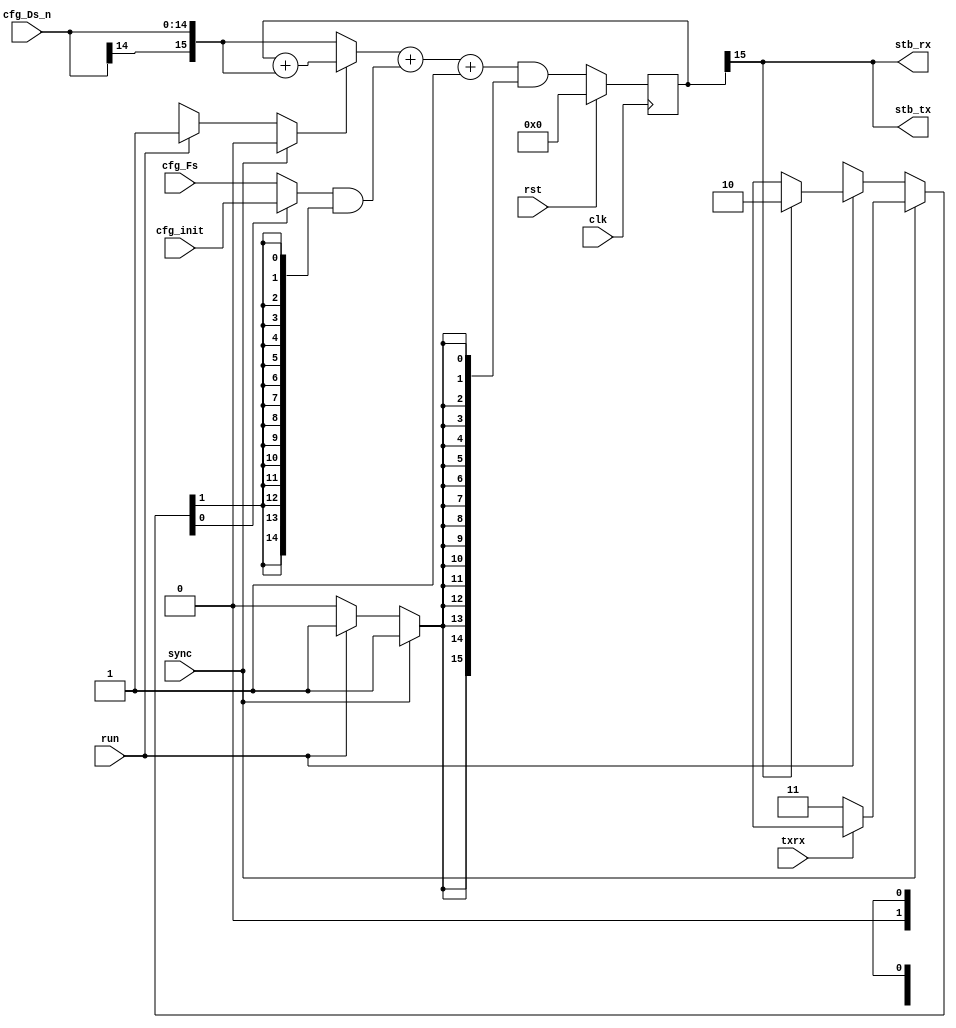
/*
 * iso7816_brg_sync.v
 *
 * vim: ts=4 sw=4
 *
 * ISO7816 Baud Rate generator synchronous to system clock
 *
 * Copyright (C) 2021  Sylvain Munaut <tnt@246tNt.com>
 * SPDX-License-Identifier: CERN-OHL-P-2.0
 */

`default_nettype none

module iso7816_brg_sync #(
	parameter integer TXRX_LAG = 0,
	parameter integer W = 15
)(
	// Output
	output wire stb_tx,
	output wire stb_rx,

	// Control
	input  wire txrx,				// 0=rx / 1=tx
	input  wire sync,
	input  wire run,

	// Configuration
	input  wire [W-1:0] cfg_Fs,
	input  wire [W-1:0] cfg_Ds_n,		// Pre-inverted
	input  wire [W-1:0] cfg_init,

	// Clock
	input  wire clk,
	input  wire rst
);

	// Signals
	// -------

	(* keep *) reg          c_fb_ena;
	(* keep *) reg  [  1:0] c_k_sel;
	(* keep *) reg          c_zero_n;

	wire [W  :0] acc_fb_add;	// feedback adder
	wire [W-1:0] acc_k_mux;		// constant mux
	wire [W  :0] acc_nxt;		// final adder
	reg  [W  :0] acc;


	// Accumulator
	// -----------

	assign acc_fb_add = c_fb_ena ? (acc + {cfg_Ds_n[W-1], cfg_Ds_n}) : {cfg_Ds_n[W-1], cfg_Ds_n};
	assign acc_k_mux  = (c_k_sel[0] ? cfg_init : cfg_Fs) & {W{c_k_sel[1]}};
	assign acc_nxt = (acc_fb_add + {1'b0, acc_k_mux } + 1'b1) & {(W+1){c_zero_n}};

	always @(posedge clk)
		if (rst)
			acc <= 0;
		else
			acc <= acc_nxt;


	// Strobes
	// -------

	// TX is direct
	assign stb_tx = acc[W];

	// RX lags (maybe)
	generate
		if (TXRX_LAG) begin
			// Use a simple chain of register
			reg [TXRX_LAG-1:0] stb_delay;

			always @(posedge clk)
				if (sync)
					stb_delay <= 0;
				else
					stb_delay <= { stb_delay[TXRX_LAG-2:0], stb_tx };

			assign stb_rx = stb_delay[TXRX_LAG-1];
		end else begin
			// Same pulse
			assign stb_rx = stb_tx;
		end
	endgenerate


	// Control
	// -------

	always @(*)
	begin
		// Default value
		c_fb_ena <= 1'bx;
		c_k_sel  <= 2'bxx;
		c_zero_n <= 1'b0;

		// Running ?
		if (sync) begin
			// Start
			c_fb_ena <= 1'b0;
			c_k_sel  <= txrx ? 2'b0x : 2'b11;
			c_zero_n <= 1'b1;
		end else if (run) begin
			c_fb_ena <= 1'b1;
			c_k_sel  <= acc[W] ? 2'b10 : 2'b0x;
			c_zero_n <= 1'b1;
		end
	end

endmodule // iso7816_brg_sync